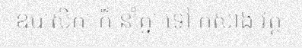
ឧបាសិកា ក៏ នាំគ្នា ទៅ កសាង វត្ត